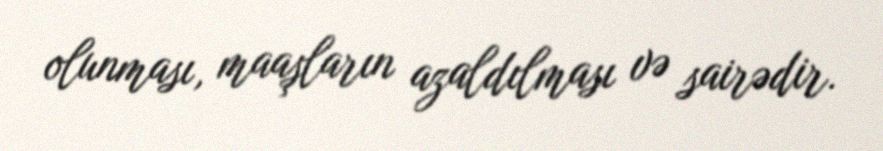
olunması, maaşların azaldılması və sairədir.